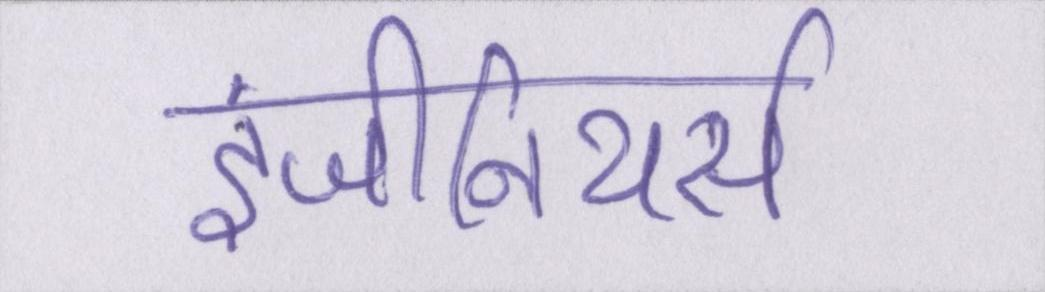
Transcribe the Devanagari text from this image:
इंजीनियर्स